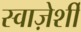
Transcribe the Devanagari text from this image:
स्वाज़ेर्शी